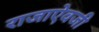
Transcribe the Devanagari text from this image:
राजाएेवजी